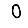
Digit: 0